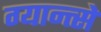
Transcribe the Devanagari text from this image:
ग्यान्त्से